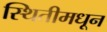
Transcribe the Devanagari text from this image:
स्थितीमधून